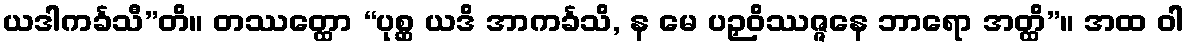
ယဒါကင်္ခသီ”တိ။ တဿတ္ထော “ပုစ္ဆ ယဒိ အာကင်္ခသိ, န မေ ပဉှဝိဿဇ္ဇနေ ဘာရော အတ္ထိ”။ အထ ဝါ